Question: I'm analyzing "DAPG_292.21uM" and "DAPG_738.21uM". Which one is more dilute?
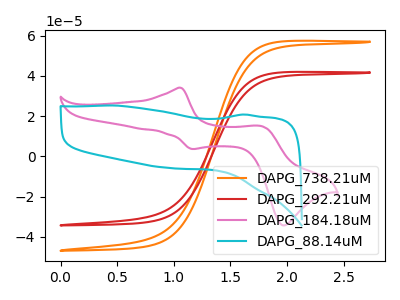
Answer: <think>The orange curve "DAPG_738.21uM" has no peaks. The red curve "DAPG_292.21uM" has no peaks. The pink curve "DAPG_184.18uM" has anodic peaks at (1.05V, 34.15uA) (1.80V, 15.05uA) and cathodic peaks at (1.15V, 3.70uA) (1.95V, -34.25uA). The cyan curve "DAPG_88.14uM" has no peaks.
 Neither "DAPG_292.21uM" or "DAPG_738.21uM" have any peaks.</think>
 <answer>I cant tell if "DAPG_292.21uM" or "DAPG_738.21uM" has higher concentration.</answer>
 <eval>mixed_concentration</eval>